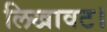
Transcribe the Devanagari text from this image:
लिखावट।